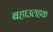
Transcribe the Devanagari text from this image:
बहाउलहक